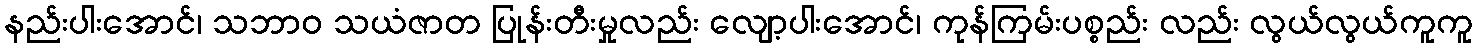
နည်းပါးအောင်၊ သဘာဝ သယံဇာတ ပြုန်းတီးမှုလည်း လျော့ပါးအောင်၊ ကုန်ကြမ်းပစ္စည်း လည်း လွယ်လွယ်ကူကူ